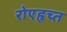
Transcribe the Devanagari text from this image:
रोएहृच्त